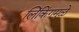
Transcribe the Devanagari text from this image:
लिंकिंगमुळे